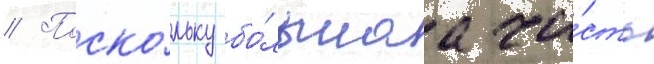
// Поско́льку бо́льшаа ча́сть